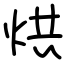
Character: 烘